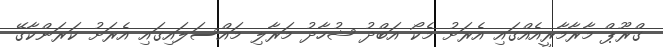
ގްރޫޕް މާރާމާރީއެއްގައި އެރަށު މެކޯ އަބްދު ޝުހާދު މަރާލި މައްސަލައިގައި އެރަށު ކަރަންކާގޭ